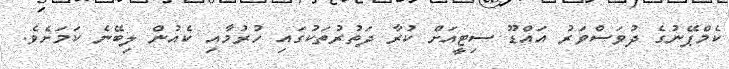
ކެމްޕޭނުގެ ދުވަސްވަރު އައްޑޫ ސިޓީއަށް ކުރާ ދަތުރުތަކުގައި ހުރުމާއި ކެއުން ލިބޭނެ ކަމަށެވެ.